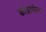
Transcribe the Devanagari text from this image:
कोब्रापोस्ट